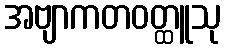
အဗျာကတဝတ္ထူသု